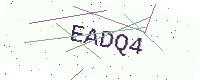
Text: EADQ4